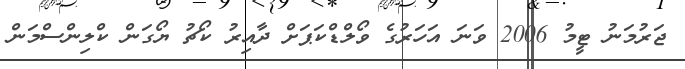
ޖަރުމަނު ޓީމު 2006 ވަނަ އަހަރުގެ ވޯލްޑްކަޕަށް ދާއިރު ކޯޗު ޔޯގަން ކްލިންސްމަން